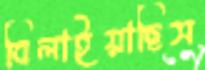
বিলাইয়াছিস